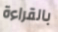
بالقراءة